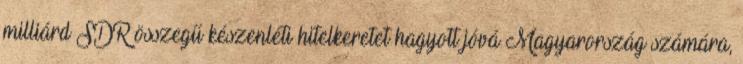
milliárd SDR összegű készenléti hitelkeretet hagyott jóvá Magyarország számára,